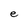
Character: e